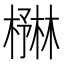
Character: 𪳻